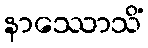
နာဿောသိံ